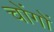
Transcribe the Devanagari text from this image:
चोंगों